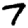
Digit: 7